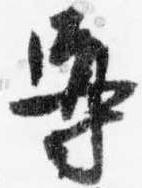
導